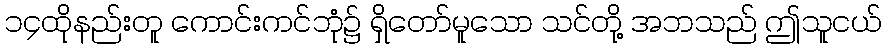
၁၄ထိုနည်းတူ ကောင်းကင်ဘုံ၌ ရှိတော်မူသော သင်တို့ အဘသည် ဤသူငယ်